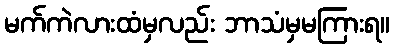
မက်ကဲလားထံမှလည်း ဘာသံမှမကြားရ။